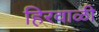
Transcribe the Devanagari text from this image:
हिरवाळी